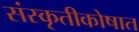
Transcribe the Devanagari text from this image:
संस्कृतीकोषात